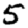
Digit: 5